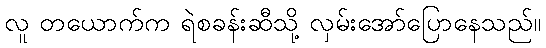
လူ တယောက်က ရဲစခန်းဆီသို့ လှမ်းအော်ပြောနေသည်။